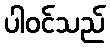
ပါဝင်သည်